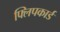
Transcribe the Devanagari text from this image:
फ्लिपकार्ड